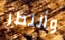
وأنتظر